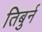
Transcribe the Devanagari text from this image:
तिबुर्न